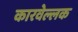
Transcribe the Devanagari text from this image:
कारवेल्लक